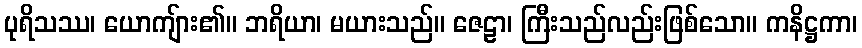
ပုရိသဿ၊ ယောကျ်ား၏။ ဘရိယာ၊ မယားသည်။ ဇေဠာ၊ ကြီးသည်လည်းဖြစ်သော။ ကနိဋ္ဌကာ၊